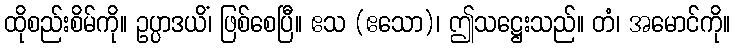
ထိုစည်းစိမ်ကို။ ဥပ္ပာဒယိံ၊ ဖြစ်စေပြီ။ ဧသ (ဧသော)၊ ဤသဋ္ဌေးသည်။ တံ၊ အမောင်ကို။